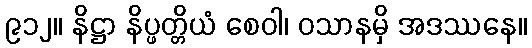
၉၁၂။ နိဋ္ဌာ နိပ္ဖတ္တိယံ စေဝါ၊ ဝသာနမှိ အဒဿနေ။